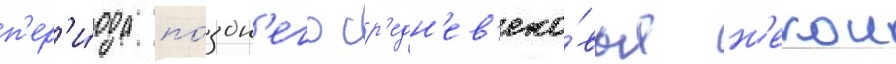
п'ер'и́ода по́здн'его ср'едн'ев'еко́вья н'екои